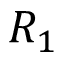
R _ { 1 }